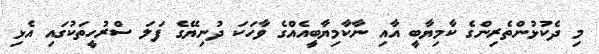
މި ދެކުޅުންތެރިންގެ ކާމިޔާބީ އާއި ނާކާމިޔާބީއެއްގެ ވާހަކަ ދުނިޔޭގެ ފަލަ ސްރުހީތަކުގައި އެޅި